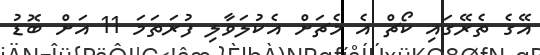
އޭގެ ތެރޭގައި ކޯޗް އެ މެޗަށް އެކުލަވާލި ފުރަތަމަ 11 އަށް ބޮޑު